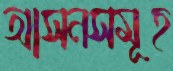
আসনসমূহ